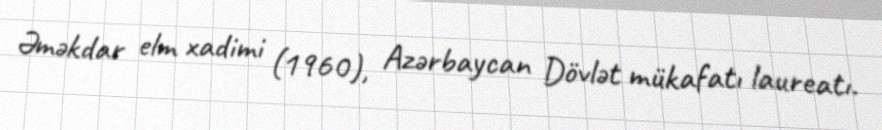
Əməkdar elm xadimi (1960), Azərbaycan Dövlət mükafatı laureatı.